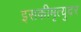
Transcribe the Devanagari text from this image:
इसकीमृत्युदर